Statistical return of the lunatic asylum in Assam - 1912-1932
Year: 1912
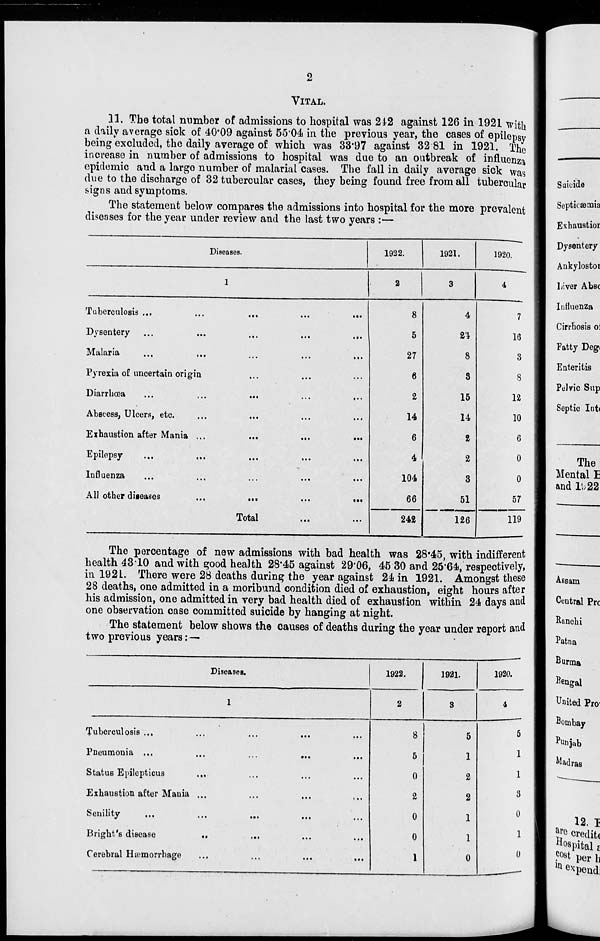
VITAL.
11. The total number of admissions to hospital was 242 against 126 in 1921 with
a daily average sick of 40*09 against 5504 in the previous year, the cases of epilepsy
being excluded, the daily average of which was 33*97 against 32 81 in 1921. Th e
increase in number of admissions to hospital was due to an outbreak of influenza
epidemic and a largo number of malarial cases. The fall in daily average sick was
due to the discharge of 32 tubercular cases, they being found free from all tubercular
signs and symptoms.
The statement below compares the admissions into hospital for the more prevalent
diseases for the year under review and the last two years :—
Diseases.
1922.
1921.
1920.
Tuberculosis ...
Dysentery
Malaria
Pyrexia of uncertain origin
DiarrhoGa
Abscess, Ulcers, etc.
Exhaustion after Mania ...
Epilepsy
Influenza
All other diieases
Total
8
5
27
6
2
14
6
4
104
66
242
4
2,1
8
3
15
14
2
2
3
51
126
7
16
3
8
12
10
6
0
0
57
119
The percentage of new admissions with bad health was 28*45, with indifferent
health 4310 and with good health 28*45 against 29*06, 45 30 and 25*64, respectively,
in 192i. There were 28 deaths during the year against 24 in 1921. Amongst these
28 deaths, one admitted in a moribund condition died of exhaustion, eight hours after
his admission, one admitted in very bad health died of exhaustion within 24 days and
one observation case committed suicide by hanging at night.
The statement below shows the causes of deaths during the year under report and
two previous years: —
Diseases.
1922.
1921.
1920.
1
2
8
4
Tuberculosis ...
...
...
8
5
Pneumonia ...
*..
...
5
1
Status Epilepticus
...
...
0
2
Exhaustion after Mania ,.,
•..
I,.
2
2
Senility
...
...
0
1
Blight's disease
..
...
...
0
1
Cerebral Haemorrhage
...
...
1
0
5
1
1
3
0
1
0